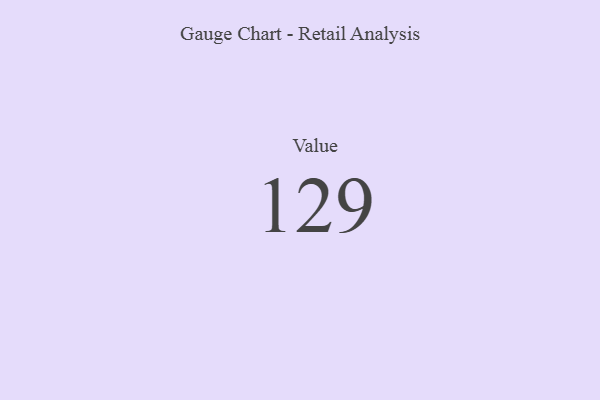
{"axis": {"x": "Metric", "y": "Value"}, "legend": [""], "data": [{"x": "Value", "y": 129, "type": ""}]}